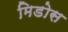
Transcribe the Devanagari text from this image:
मिडोस